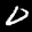
Label: 0